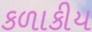
કળાકીય